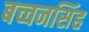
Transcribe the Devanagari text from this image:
बच्चनसिंह